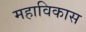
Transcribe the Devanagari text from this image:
महाविकास